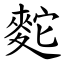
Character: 䴱